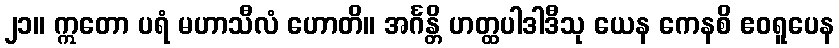
၂၁။ ဣတော ပရံ မဟာသီလံ ဟောတိ။ အင်္ဂန္တိ ဟတ္ထပါဒါဒီသု ယေန ကေနစိ ဧဝရူပေန